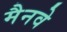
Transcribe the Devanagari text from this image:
मैनवे